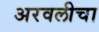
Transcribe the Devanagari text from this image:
अरवलीचा